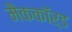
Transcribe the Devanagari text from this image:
मैककॉर्ड